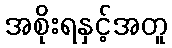
အစိုးရနှင့်အတူ